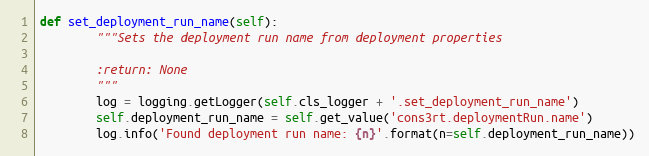
Language: Python
def set_deployment_run_name(self):
        """Sets the deployment run name from deployment properties

        :return: None
        """
        log = logging.getLogger(self.cls_logger + '.set_deployment_run_name')
        self.deployment_run_name = self.get_value('cons3rt.deploymentRun.name')
        log.info('Found deployment run name: {n}'.format(n=self.deployment_run_name))